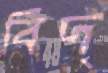
বিদ্